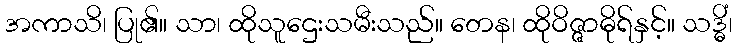
အကာသိ၊ ပြု၏။ သာ၊ ထိုသူဌေးသမီးသည်။ တေန၊ ထိုဝိဇ္ဇာဓိုရ်နှင့်။ သဒ္ဓိံ၊